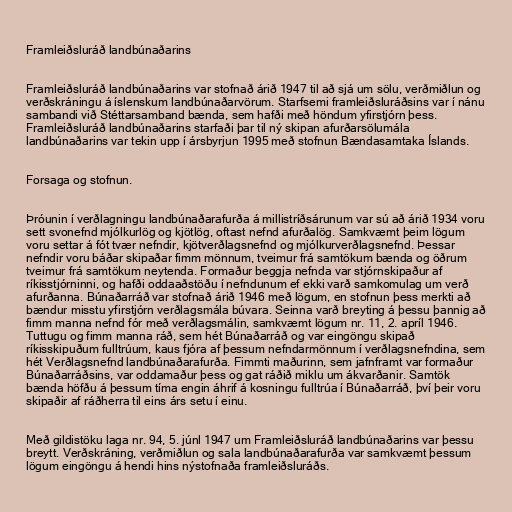
Framleiðsluráð landbúnaðarins

Framleiðsluráð landbúnaðarins var stofnað árið 1947 til að sjá um sölu, verðmiðlun og
verðskráningu á íslenskum landbúnaðarvörum. Starfsemi framleiðsluráðsins var í nánu
sambandi við Stéttarsamband bænda, sem hafði með höndum yfirstjórn þess.
Framleiðsluráð landbúnaðarins starfaði þar til ný skipan afurðarsölumála
landbúnaðarins var tekin upp í ársbyrjun 1995 með stofnun Bændasamtaka Íslands.

Forsaga og stofnun.

Þróunin í verðlagningu landbúnaðarafurða á millistríðsárunum var sú að árið 1934 voru
sett svonefnd mjólkurlög og kjötlög, oftast nefnd afurðalög. Samkvæmt þeim lögum
voru settar á fót tvær nefndir, kjötverðlagsnefnd og mjólkurverðlagsnefnd. Þessar
nefndir voru báðar skipaðar fimm mönnum, tveimur frá samtökum bænda og öðrum
tveimur frá samtökum neytenda. Formaður beggja nefnda var stjórnskipaður af
ríkisstjórninni, og hafði oddaaðstöðu í nefndunum ef ekki varð samkomulag um verð
afurðanna. Búnaðarráð var stofnað árið 1946 með lögum, en stofnun þess merkti að
bændur misstu yfirstjórn verðlagsmála búvara. Seinna varð breyting á þessu þannig að
fimm manna nefnd fór með verðlagsmálin, samkvæmt lögum nr. 11, 2. apríl 1946.
Tuttugu og fimm manna ráð, sem hét Búnaðarráð og var eingöngu skipað
ríkisskipuðum fulltrúum, kaus fjóra af þessum nefndarmönnum í verðlagsnefndina, sem
hét Verðlagsnefnd landbúnaðarafurða. Fimmti maðurinn, sem jafnframt var formaður
Búnaðarráðsins, var oddamaður þess og gat ráðið miklu um ákvarðanir. Samtök
bænda höfðu á þessum tíma engin áhrif á kosningu fulltrúa í Búnaðarráð, því þeir voru
skipaðir af ráðherra til eins árs setu í einu.

Með gildistöku laga nr. 94, 5. júnl 1947 um Framleiðsluráð landbúnaðarins var þessu
breytt. Verðskráning, verðmiðlun og sala landbúnaðarafurða var samkvæmt þessum
lögum eingöngu á hendi hins nýstofnaða framleiðsluráðs.